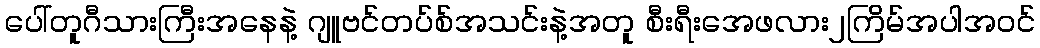
ပေါ်တူဂီသားကြီးအနေနဲ့ ဂျူဗင်တပ်စ်အသင်းနဲ့အတူ စီးရီးအေဖလား၂ကြိမ်အပါအဝင်